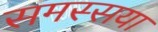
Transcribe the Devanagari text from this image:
समस्सया